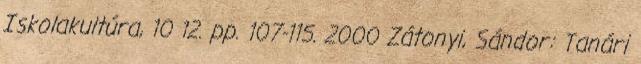
Iskolakultúra, 10 12. pp. 107-115. 2000 Zátonyi, Sándor: Tanári